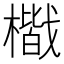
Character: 𭬐